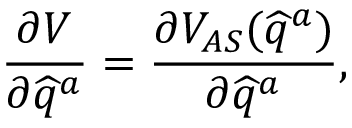
\frac { \partial V } { \partial \widehat { q } ^ { a } } = \frac { \partial V _ { A S } ( \widehat { q } ^ { a } ) } { \partial \widehat { q } ^ { a } } ,